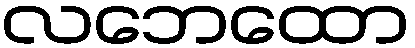
လဘေထော